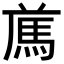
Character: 𩢁